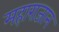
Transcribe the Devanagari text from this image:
महाराजान